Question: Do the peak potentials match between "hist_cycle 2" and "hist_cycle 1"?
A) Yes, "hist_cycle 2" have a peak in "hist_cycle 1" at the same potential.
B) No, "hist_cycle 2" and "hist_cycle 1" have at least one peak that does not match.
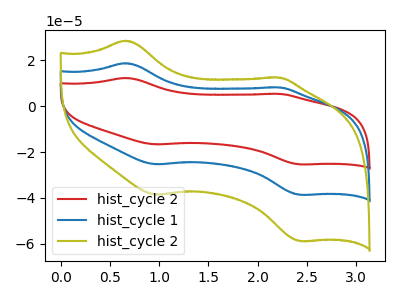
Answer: <think>The red curve "hist_cycle 2" has anodic peaks at (0.65V, 37.55uA) (2.20V, 16.45uA) and cathodic peaks at (0.95V, -50.65uA) (2.45V, -77.30uA). The blue curve "hist_cycle 1" has anodic peaks at (0.65V, 18.80uA) (2.20V, 8.25uA) and cathodic peaks at (0.95V, -25.35uA) (2.45V, -38.65uA). The olive curve "hist_cycle 2" has anodic peaks at (0.65V, 28.60uA) (2.20V, 12.55uA) and cathodic peaks at (0.95V, -38.60uA) (2.45V, -58.85uA).</think>
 <answer>A) Yes, "hist_cycle 2" have a peak in "hist_cycle 1" at the same potential.</answer>
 <eval>A</eval>